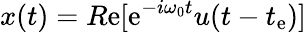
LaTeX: x(t)=R\mathrm{e}[\mathrm{e}^{-i\omega_{0}t}u(t-t_{\mathrm{e}})]